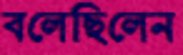
বলেছিলেন